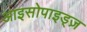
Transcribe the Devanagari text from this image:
आइसोपाइड्ज़